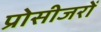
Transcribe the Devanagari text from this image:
प्रोसीजरों